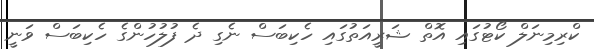
ކްރިމިނަލް ކޯޓުގައި އޮތް ޝަރީއަތުގައި ހެކިބަސް ނެގި ދެ ފުލުހުންގެ ހެކިބަސް ވަނީ